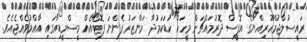
ރައީސުލްޖުމްހޫރިއްޔާގެ އޮފީސް ދޮރުމައްޗަށް މީހަކު ކުޑަކަމުދާ މަންޒަރު ފެންނަ ފޮޓޯއެއް މީސްމީޑިއާގައި އާއްމުވެއްޖެއެވެ.